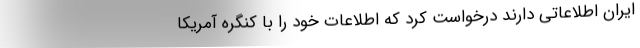
ایران اطلاعاتی دارند درخواست کرد که اطلاعات خود را با کنگره آمریکا